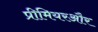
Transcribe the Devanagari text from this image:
प्रीमियरऔर